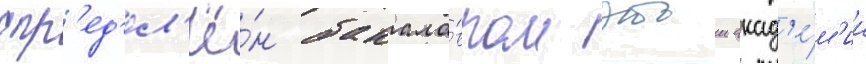
опр'ед'ел'ё́н бакала́вром этои акад'е́м'ии